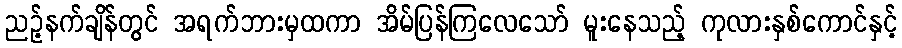
ညဉ့်နက်ချိန်တွင် အရက်ဘားမှထကာ အိမ်ပြန်ကြလေသော် မူးနေသည့် ကုလားနှစ်ကောင်နှင့်